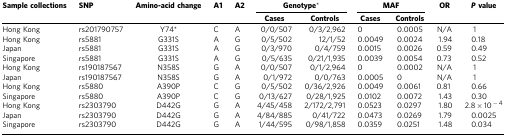
| Sample collections | SNP | Amino-acid change | A1 | A2 | <COLSPAN=2> Genotype* | <COLSPAN=2> MAF | OR | Pvalue |
 |  |  |  |  |  | Cases | Controls | Cases | Controls |  |  |
 | --- | --- | --- | --- | --- | --- | --- | --- | --- | --- | --- |
 | Hong Kong | rs201790757 | Y74* | C | A | 0/0/507 | 0/3/2,962 | 0 | 0.0005 | N/A | 1 |
 | Hong Kong | rs5881 | G331S | A | G | 0/5/502 | 12/1/52 | 0.0049 | 0.0024 | 1.94 | 0.18 |
 | Japan | rs5881 | G331S | A | G | 0/3/970 | 0/4/759 | 0.0015 | 0.0026 | 0.59 | 0.49 |
 | Singapore | rs5881 | G331S | A | G | 0/5/635 | 0/21/1,935 | 0.0039 | 0.0054 | 0.73 | 0.52 |
 | Hong Kong | rs190187567 | N358S | G | A | 0/0/507 | 0/1/2,964 | 0 | 0.0002 | N/A | 1 |
 | Japan | rs190187567 | N358S | G | A | 0/1/972 | 0/0/763 | 0.0005 | 0 | N/A | 1 |
 | Hong Kong | rs5880 | A390P | C | G | 0/5/502 | 0/36/2,926 | 0.0049 | 0.0061 | 0.81 | 0.66 |
 | Singapore | rs5880 | A390P | C | G | 0/13/627 | 0/28/1,925 | 0.0102 | 0.0072 | 1.43 | 0.30 |
 | Hong Kong | rs2303790 | D442G | G | A | 4/45/458 | 2/172/2,791 | 0.0523 | 0.0297 | 1.80 | 2.8 × 10−4 |
 | Japan | rs2303790 | D442G | G | A | 4/84/885 | 0/41/722 | 0.0473 | 0.0269 | 1.79 | 0.0025 |
 | Singapore | rs2303790 | D442G | G | A | 1/44/595 | 0/98/1,858 | 0.0359 | 0.0251 | 1.48 | 0.034 |